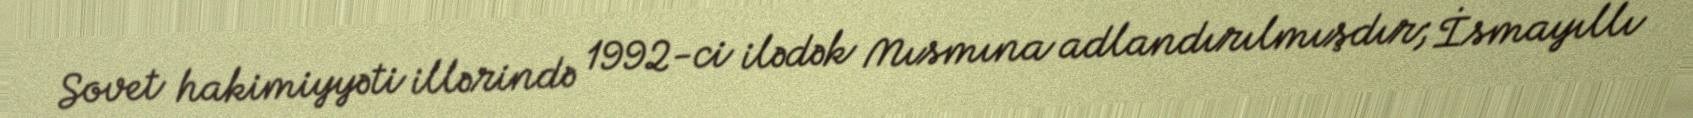
Sovet hakimiyyəti illərində 1992-ci ilədək Mısmına adlandırılmışdır; İsmayıllı